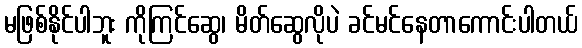
မဖြစ်နိုင်ပါဘူး ကိုကြင်ဆွေ၊ မိတ်ဆွေလိုပဲ ခင်မင်နေတာကောင်းပါတယ်